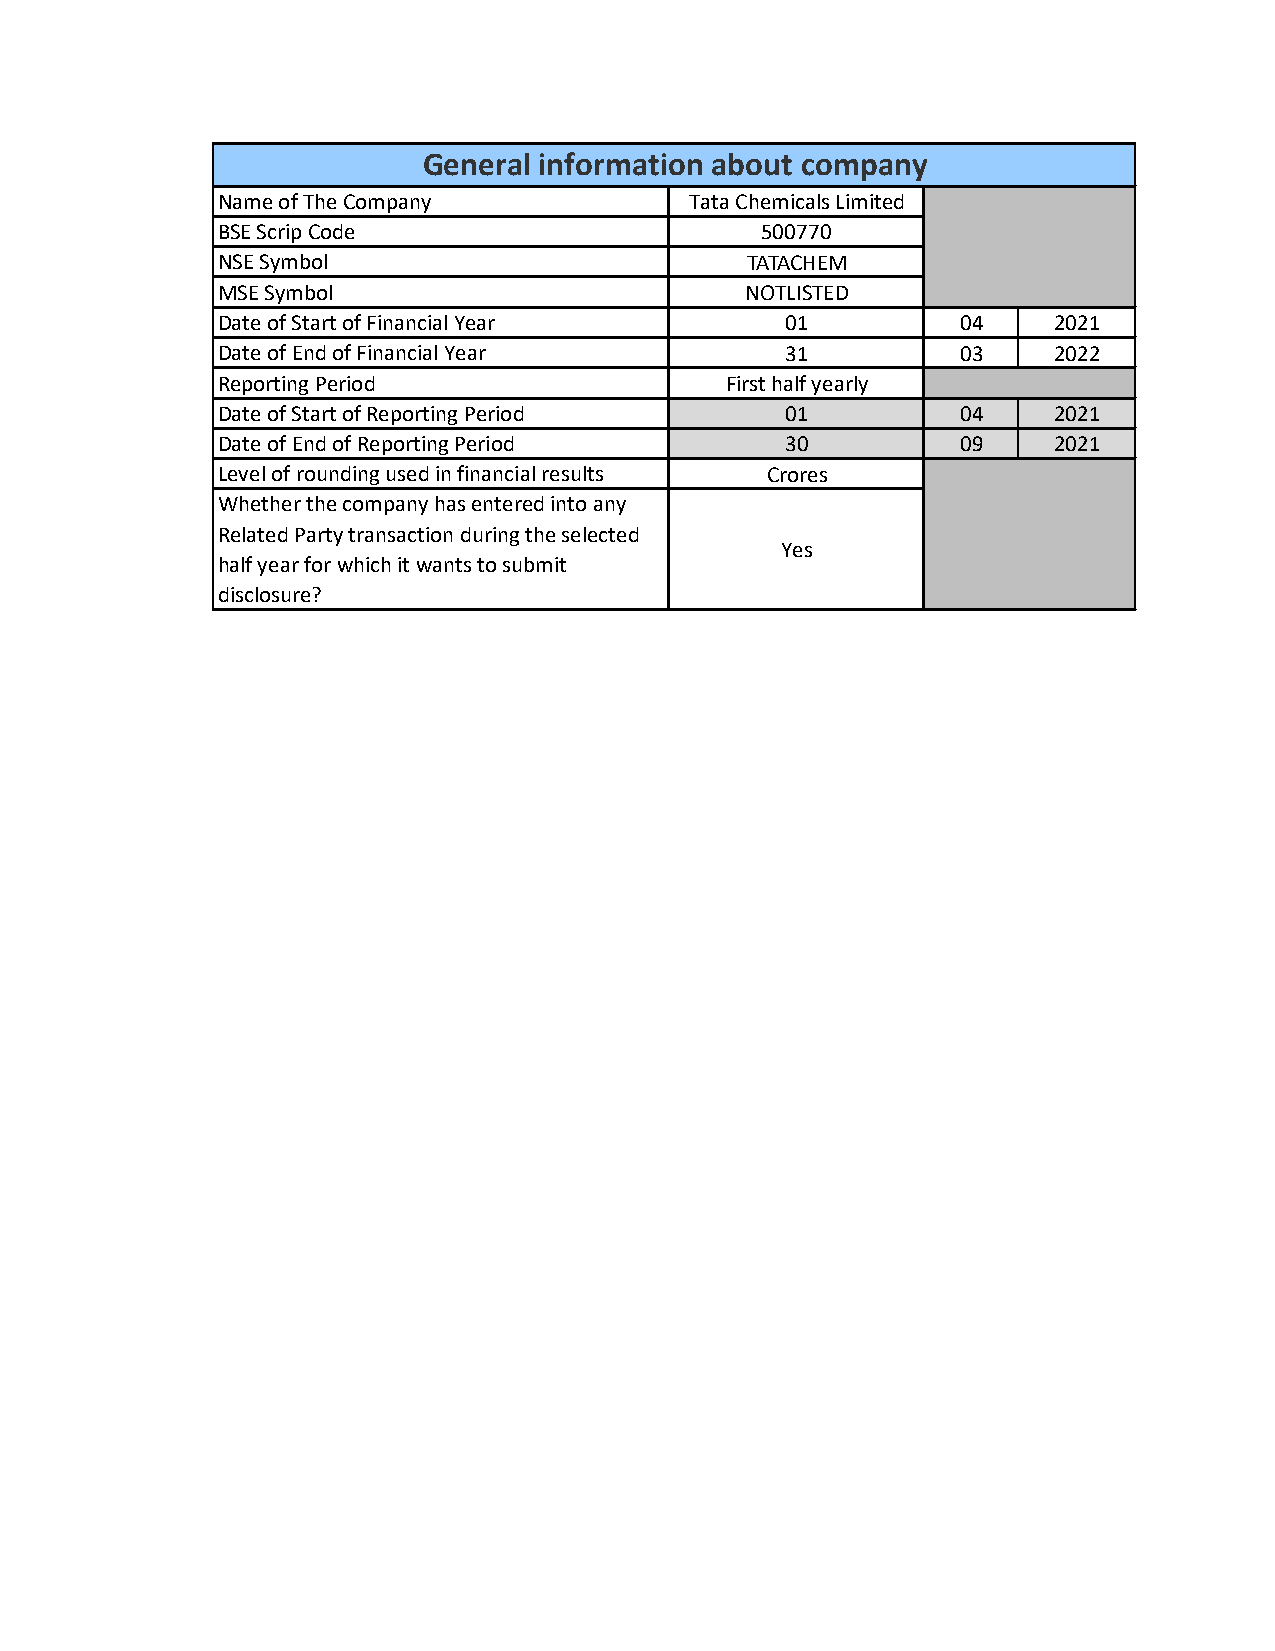
General information about company
 Name of The Company             Tata Chemicals Limited
 BSE Scrip Code                      500770
 NSE Symbol                         ​TATACHEM
 MSE Symbol                         ​NOTLISTED
 Date of Start of Financial Year       01          04    2021
 Date of End of Financial Year         31          03    2022
 Reporting Period                  First half yearly
 Date of Start of Reporting Period     01          04    2021
 Date of End of Reporting Period       30          09    2021
 Level of rounding used in financial results Crores
 Whether the company has entered into any
 Related Party transaction during the selected
 Yes
 half year for which it wants to submit
 disclosure?